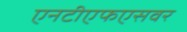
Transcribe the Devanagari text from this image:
एनटीएफएसवर